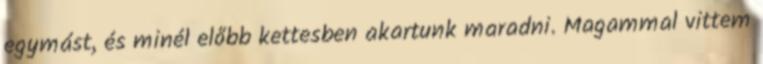
egymást, és minél előbb kettesben akartunk maradni. Magammal vittem